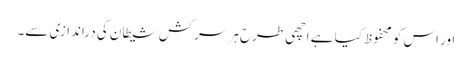
اور اس کو محفوظ کیا ہے اچھی طرح ہر سرکش شیطان کی دراندازی سے۔